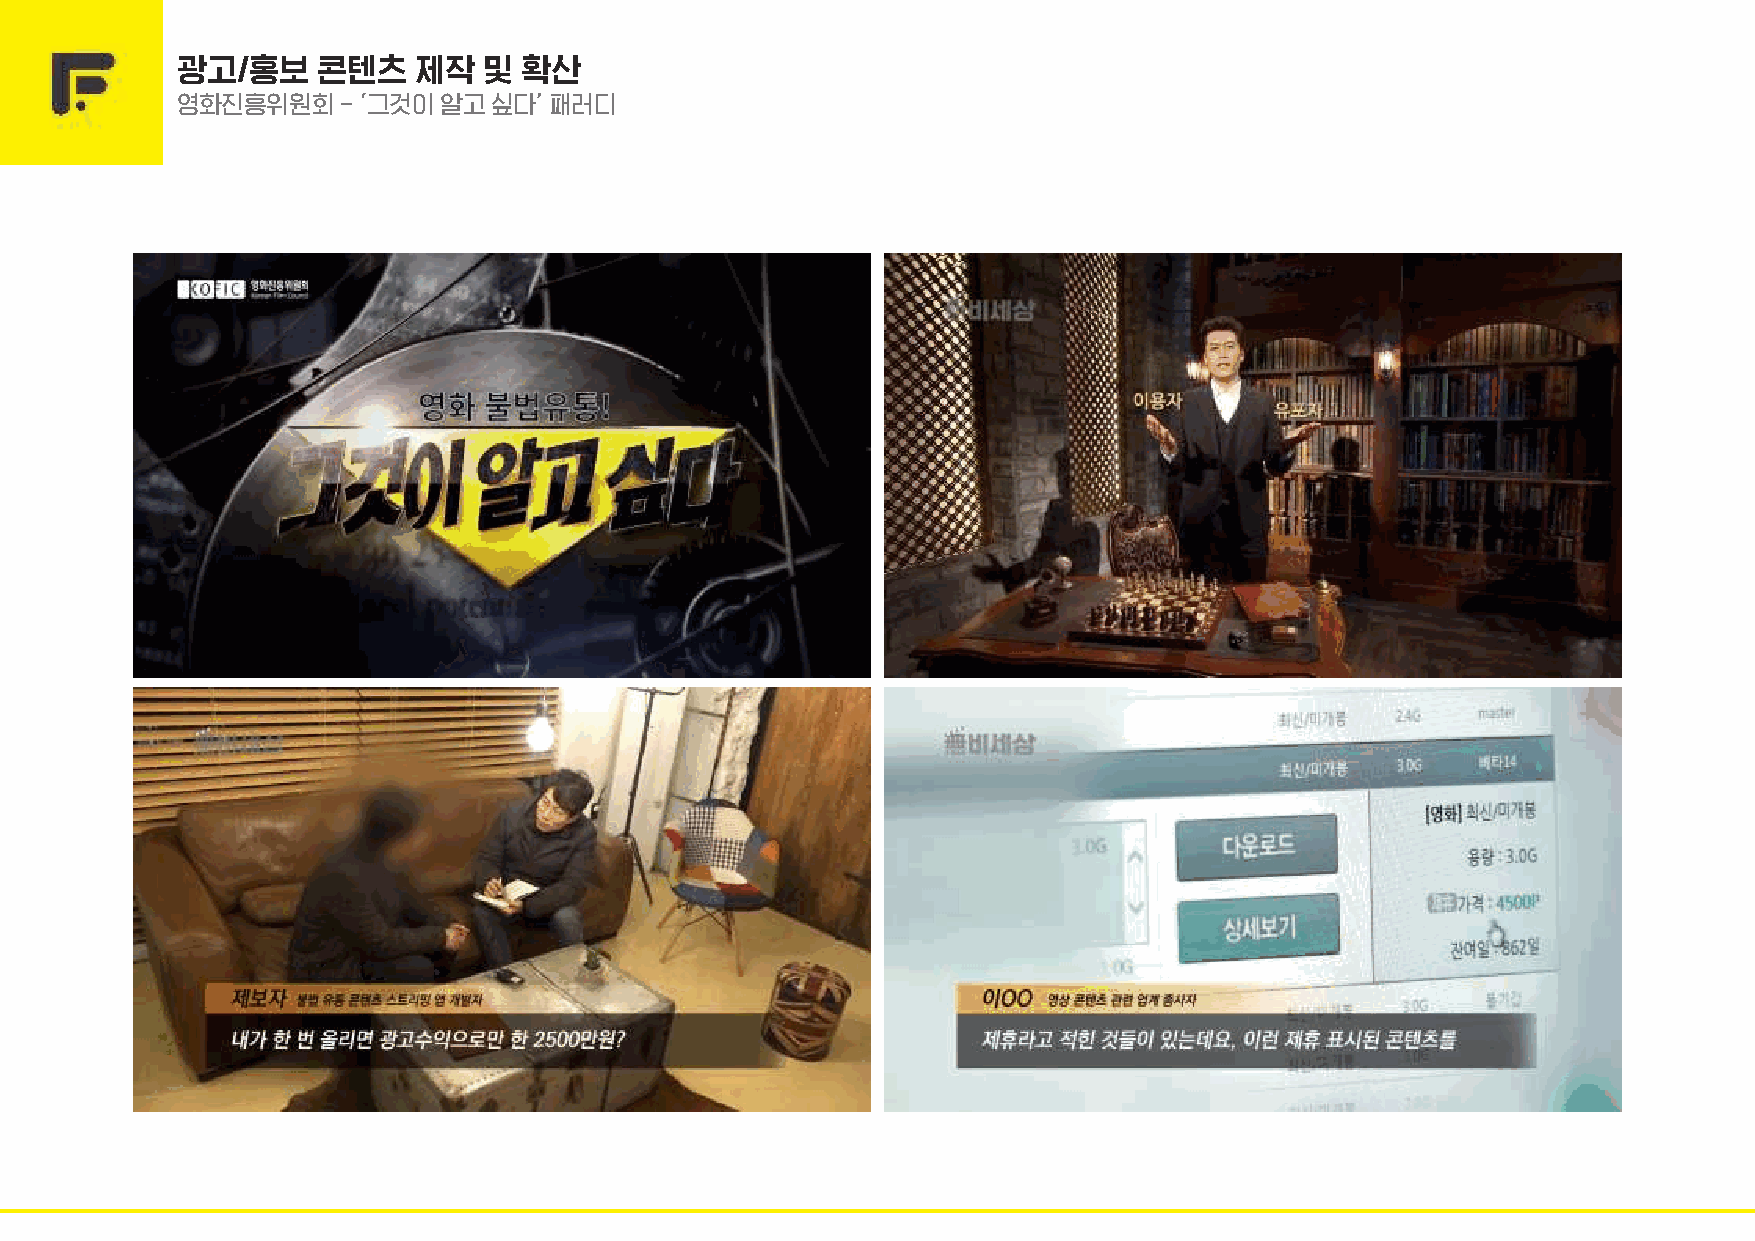
14      광고/홍보    콘텐츠   제작   및 확산
 영화진흥위원회    - ‘그것이 알고 싶다’ 패러디